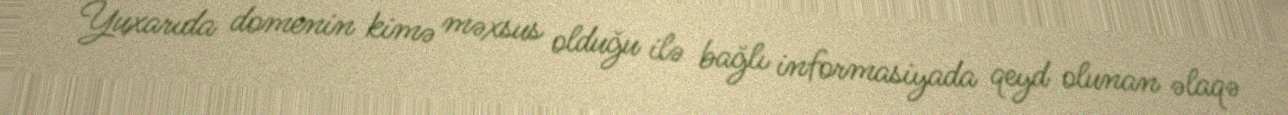
Yuxarıda domenin kimə məxsus olduğu ilə bağlı informasiyada qeyd olunan əlaqə